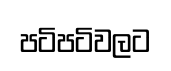
පටිපටිවලට